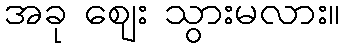
အခု ဈေး သွားမလား။